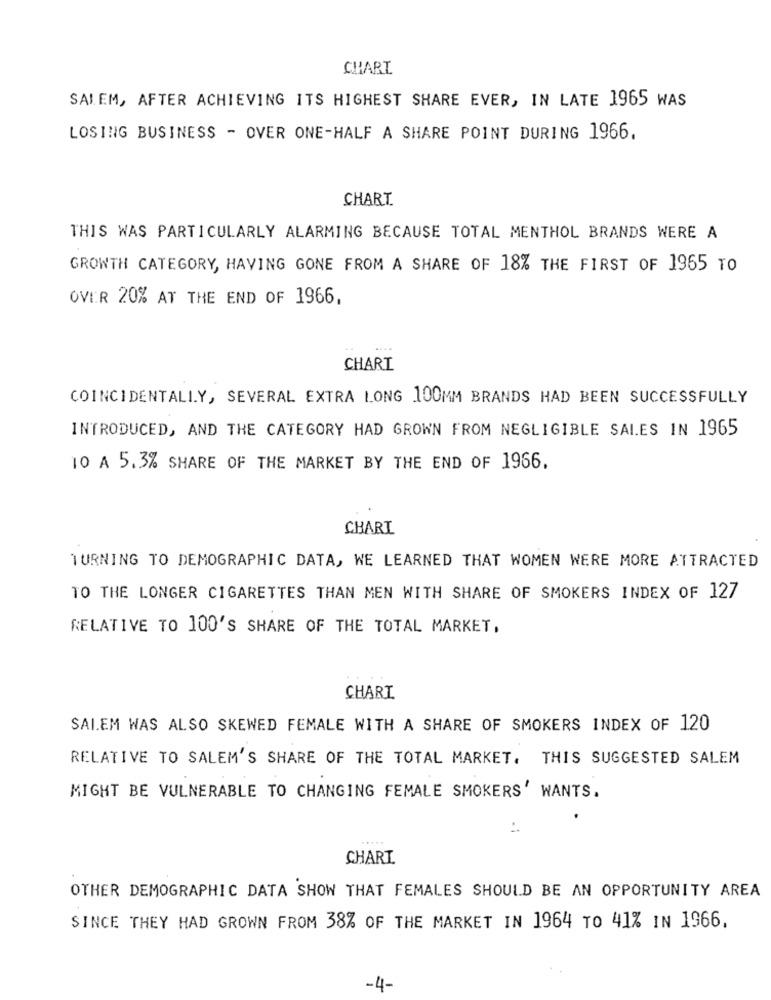
CHARI
SALEM, AFTER ACHIEVING ITS HIGHEST SHARE EVER, IN LATE 1965 WAS
LOSING BUSINESS - OVER ONE-HALF A SHARE POINT DURING 1966.
CHART
THIS WAS PARTICULARLY ALARMING BECAUSE TOTAL MENTHOL BRANDS WERE A
GROWTH CATEGORY, HAVING GONE FROM A SHARE OF 18% THE FIRST OF 1965 TO
OVER 20% AT THE END OF 1966,
CHART
COINCIDENTALLY, SEVERAL EXTRA LONG 100MM BRANDS HAD BEEN SUCCESSFULLY
INTRODUCED, AND THE CATEGORY HAD GROWN FROM NEGLIGIBLE SALES IN 1965
10 A 5.3% SHARE OF THE MARKET BY THE END OF 1966.
CHART
TURNING TO DEMOGRAPHIC DATA, WE LEARNED THAT WOMEN WERE MORE ATTRACTED
TO THE LONGER CIGARETTES THAN MEN WITH SHARE OF SMOKERS INDEX OF 127
RELATIVE TO 100'S SHARE OF THE TOTAL MARKET,
CHART
SALEM WAS ALSO SKEWED FEMALE WITH A SHARE OF SMOKERS INDEX OF 120
RELATIVE TO SALEM'S SHARE OF THE TOTAL MARKET. THIS SUGGESTED SALEM
MIGHT BE VULNERABLE TO CHANGING FEMALE SMOKERS WANTS.
:
CHART
OTHER DEMOGRAPHIC DATA SHOW THAT FEMALES SHOULD BE AN OPPORTUNITY AREA
SINCE THEY HAD GROWN FROM 38% OF THE MARKET IN 1964 TO 41% IN 1966.
-4-